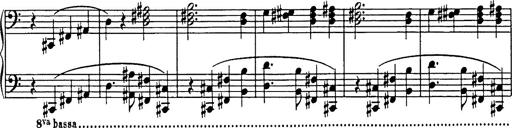
Title: R.W. - Venezia
Composer: Franz Liszt